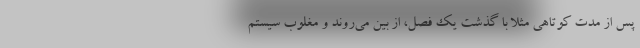
پس از مدت کوتاهی مثلا با گذشت یک فصل، از بین می‌روند و مغلوب سیستم